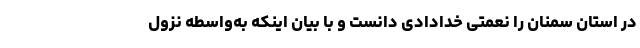
در استان سمنان را نعمتی خدادادی دانست و با بیان اینکه به‌واسطه نزول